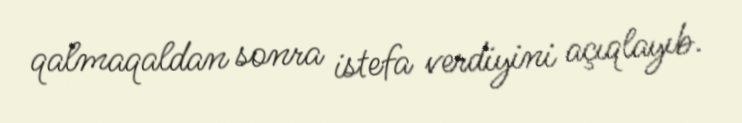
qalmaqaldan sonra istefa verdiyini açıqlayıb.